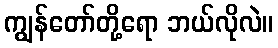
ကျွန်တော်တို့ရော ဘယ်လိုလဲ။